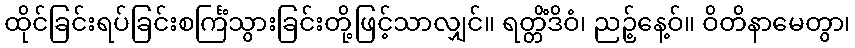
ထိုင်ခြင်းရပ်ခြင်းစင်္ကြံသွားခြင်းတို့ဖြင့်သာလျှင်။ ရတ္တိံဒိဝံ၊ ညဉ့်နေ့ဝ်။ ဝိတိနာမေတွာ၊